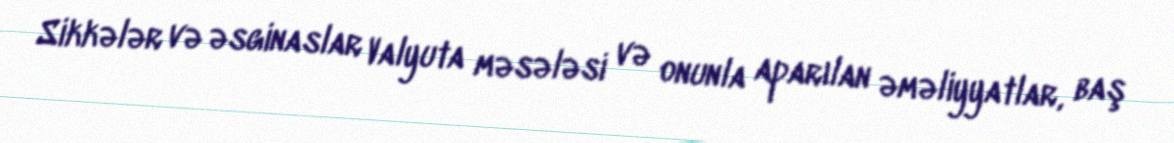
Sikkələr və əsginaslar Valyuta məsələsi və onunla aparılan əməliyyatlar, baş